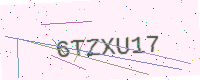
Text: 6TZXU17